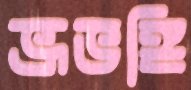
ভ্রূভঙ্গি